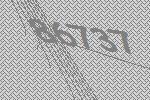
86737